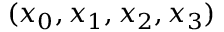
( x _ { 0 } , x _ { 1 } , x _ { 2 } , x _ { 3 } )